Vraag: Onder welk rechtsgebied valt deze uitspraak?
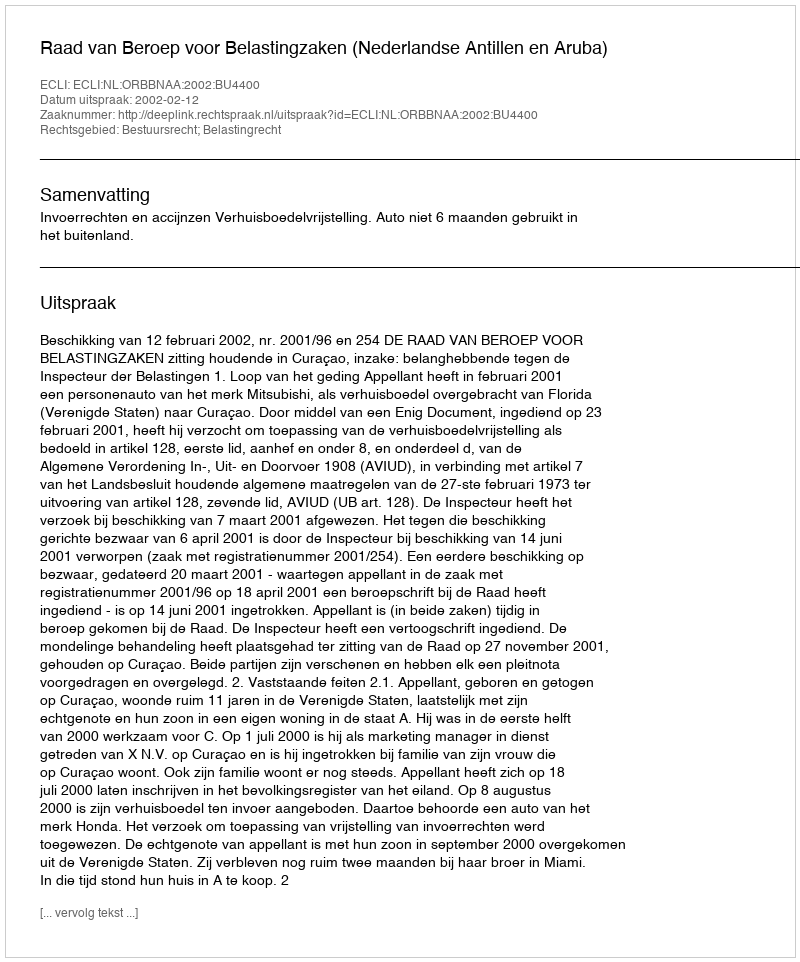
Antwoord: Bestuursrecht; Belastingrecht